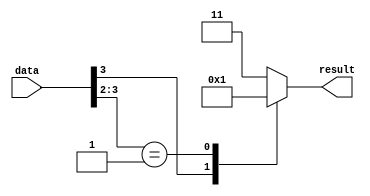
module case_statement (
    input [3:0] data,        // Data input
    output reg [1:0] result  // Result output
);

always @* begin
    casez (data)
        4'b1???: result = 2'b00; // If data is 1000, result is 00
        4'b01??: result = 2'b01; // If data is 010X, result is 01
        default: result = 2'b11; // Default behavior
    endcase
end

endmodule